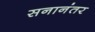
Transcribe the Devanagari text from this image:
सनानंतर